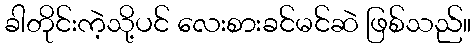
ခါတိုင်းကဲ့သို့ပင် လေးစားခင်မင်ဆဲ ဖြစ်သည်။